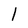
Character: l